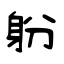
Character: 躮